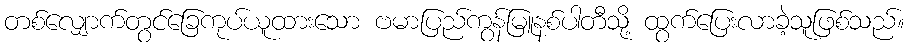
တစ်လျှောက်တွင်ခြေကုပ်ယူထားသော ဗမာပြည်ကွန်မြူနစ်ပါတီသို့ ထွက်ပြေးလာခဲ့သူဖြစ်သည်။